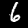
Digit: 6